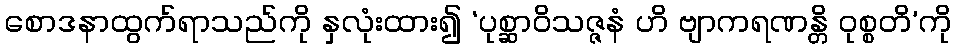
စောဒနာထွက်ရာသည်ကို နှလုံးထား၍ ‘ပုစ္ဆာဝိသဇ္ဇနံ ဟိ ဗျာကရဏန္တိ ဝုစ္စတိ’ကို